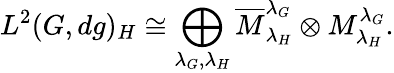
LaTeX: L^{2}(G,dg)_{H}\cong\bigoplus_{\lambda_{G},\lambda_{H}}\overline{{{M}}}_{\lambda_{H}}^{\lambda_{G}}\otimes M_{\lambda_{H}}^{\lambda_{G}}.